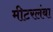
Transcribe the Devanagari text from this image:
मीटरलंबा